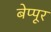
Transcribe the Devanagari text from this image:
बेप्पूर